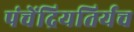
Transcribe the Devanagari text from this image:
पंचेंद्रियतिर्यच